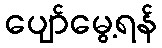
ပျော်မွေ့ရန်